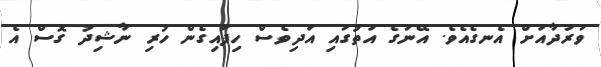
ވަރުދާއަށް އެނގެއެވެ. އޭނަގެ އަތުގައި އަދިވެސް ހިފައިގެން ހުރި ނާޝިދު ގޮސް އެ